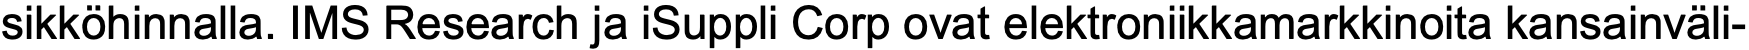
sikköhinnalla. IMS Research ja iSuppli Corp ovat elektroniikkamarkkinoita kansainväli-